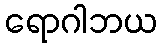
ရောဂါဘယ